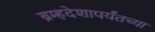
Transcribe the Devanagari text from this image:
ब्रम्हदेशापर्यंतच्या